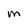
Character: M